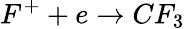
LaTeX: F^{+}+e\rightarrow CF_{3}